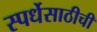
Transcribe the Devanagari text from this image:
स्पर्धेसाठीची